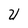
Character: U